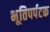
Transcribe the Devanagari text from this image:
भूतिपर्पटक